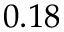
0 . 1 8